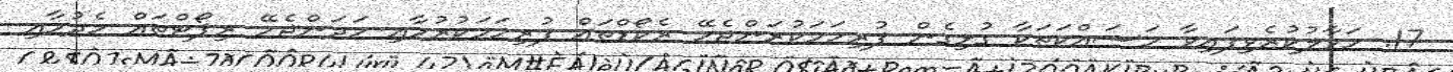
17. ހަވާލުކުރެވިފައިވާ މަސައްކަތަކާ ގުޅިގެން ފުރިހަމަކުރަންޖެހޭ ރެކޯޑްތައް ފުރިހަމަކުރުމާއި ހަދަންޖެހޭ ރިޕޯޓްތައް ހެދުމާއި